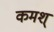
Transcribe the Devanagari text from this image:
कमश्